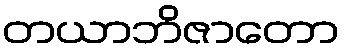
တယာဘိဇာတော